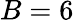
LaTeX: B=6